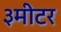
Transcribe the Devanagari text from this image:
३मीटर